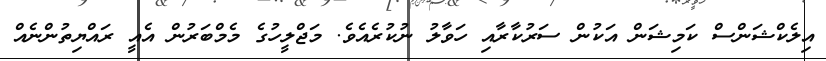
އިލެކްޝަންސް ކަމިޝަން އަކުން ސަރުކާރާއި ހަވާލު ނުކުރެއެވެ. މަޖްލީހުގެ މެމްބަރުން އެއީ ރައްޔިތުންނެެއް